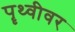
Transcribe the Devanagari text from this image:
पॄथ्वीवर